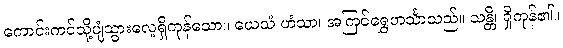
ကောင်းကင်သို့ပျံသွားလေ့ရှိကုန်သော။ ယေသံ ဟံသာ၊ အကြင်ရွှေဟင်္သာသည်။ သန္တိ၊ ရှိကုန်၏။